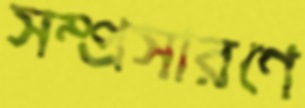
সম্প্রসারণে